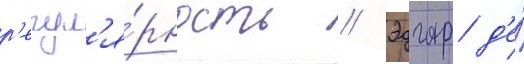
р'егул'я́рность // Эдгар д'е́